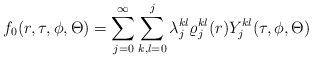
\begin{align*}f_0(r,\tau ,\phi ,\Theta)=\sum\limits_{j=0}^\infty\sum\limits_{k,l=0}^j\lambda^{kl}_j\varrho^{kl}_j(r)Y^{kl}_j(\tau, \phi ,\Theta )\end{align*}